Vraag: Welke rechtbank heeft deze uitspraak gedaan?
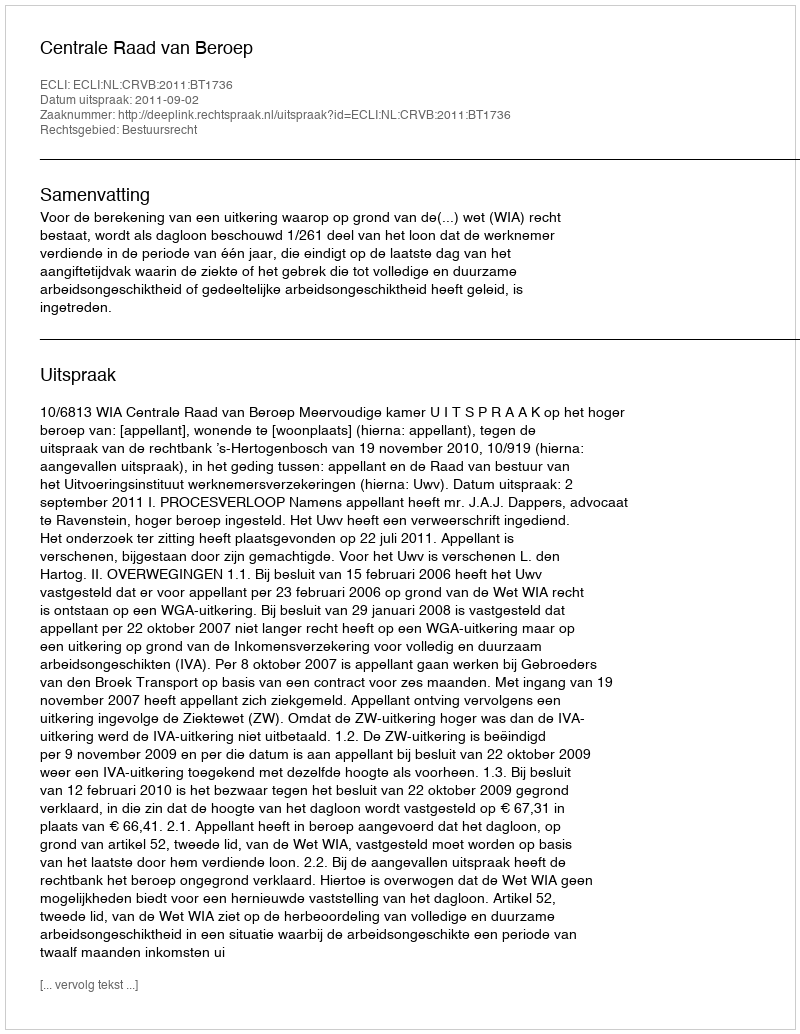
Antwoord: Centrale Raad van Beroep